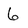
Character: 6